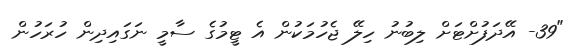
"39- އޭދަފުށްޓަށް ލިބުނު ހިލޭ ޖެހުމަކުން އެ ޓީމުގެ ސާމީ ނަގައިދިން ހުރަހުން